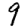
Digit: 9